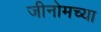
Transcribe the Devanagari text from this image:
जीनोमच्या